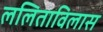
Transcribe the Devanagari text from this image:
ललिताविलास